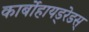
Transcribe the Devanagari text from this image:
कार्बोहायड्रेडस्